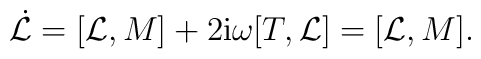
\dot{\cal L}= [{\cal L},M]+2{\rm i}{\omega}[T,{\cal L}]    =[{\cal L},M].